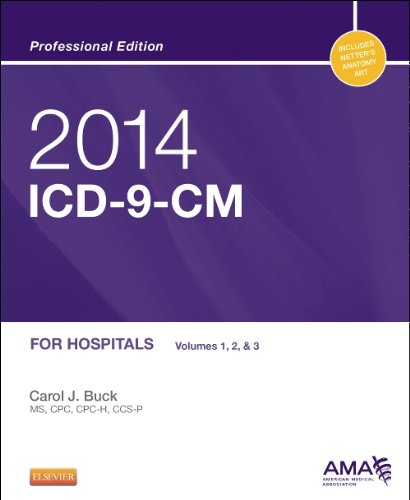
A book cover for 2014 ICD-9-CM for Hospitals, Volumes 1, 2 and 3 Professional Edition, 1e (Saunders Icd 9 Cm); Carol J. Buck MS  CPC  CCS-P; Medical Books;